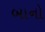
બાનો